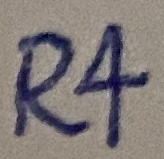
Text: R4